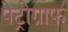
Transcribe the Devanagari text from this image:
पेट्रोग्राफ